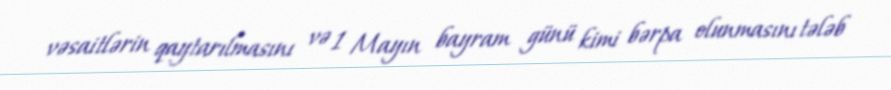
vəsaitlərin qaytarılmasını və 1 Mayın bayram günü kimi bərpa olunmasını tələb